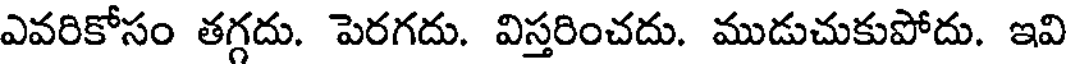
ఎవరికోసం తగ్గదు. పెరగదు. విస్తరించదు. ముడుచుకుపోదు. ఇవి